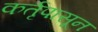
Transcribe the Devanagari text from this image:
कर्तृपासून